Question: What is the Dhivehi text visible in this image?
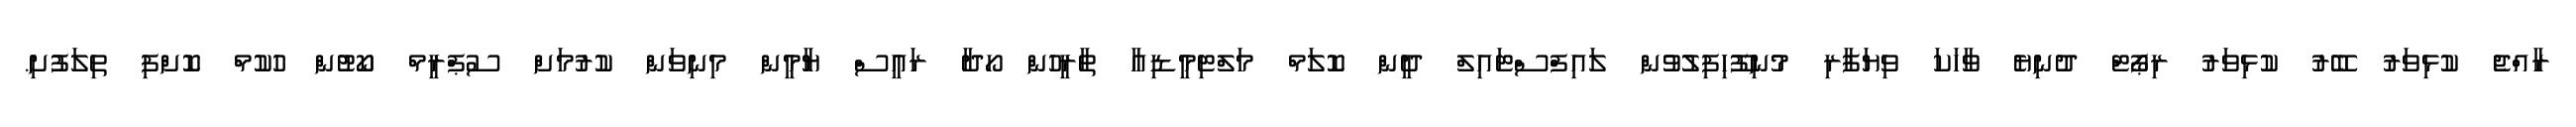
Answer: ރާއްޖެ ކުޅިވަރު ބޭރު ކުޅިވަރު ރިޕޯޓް ދުނިޔެ ވާހަކަ ވިޔަފާރި މުނިފޫހިފިލުވުން ލައިފްސްޓައިލް ދީން ކޮލަމް މަލްޓިމީޑިއާ ތާރީހުން ހޯދާ ރައީސް ޔާމީން މިނިވަން ކުރުމަށް ސުޕްރީމް ކޯޓުން ހުކުމް ކޮށްފި ތިލަފުށި.